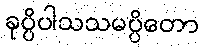
ခုပ္ပိပါသသမပ္ပိတော